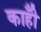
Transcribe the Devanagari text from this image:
काहीँ